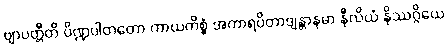
ဗျာပတ္တီတိ ပိဏ္ဍပါတတော ကာယကိစ္စံ အကာရပိတာဒျန္တာနမာ နီလိယံ နိဿဂ္ဂိယေ